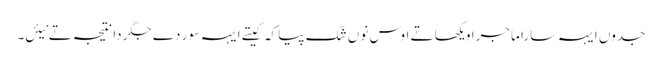
جدوں ایہہ سارا ماجرا ویکھا تے اوس نوں شک پیا کہ کیتے ایہہ سور دے جگر دا نتیجہ تے نیئں۔